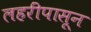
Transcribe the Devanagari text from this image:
लहरींपासून